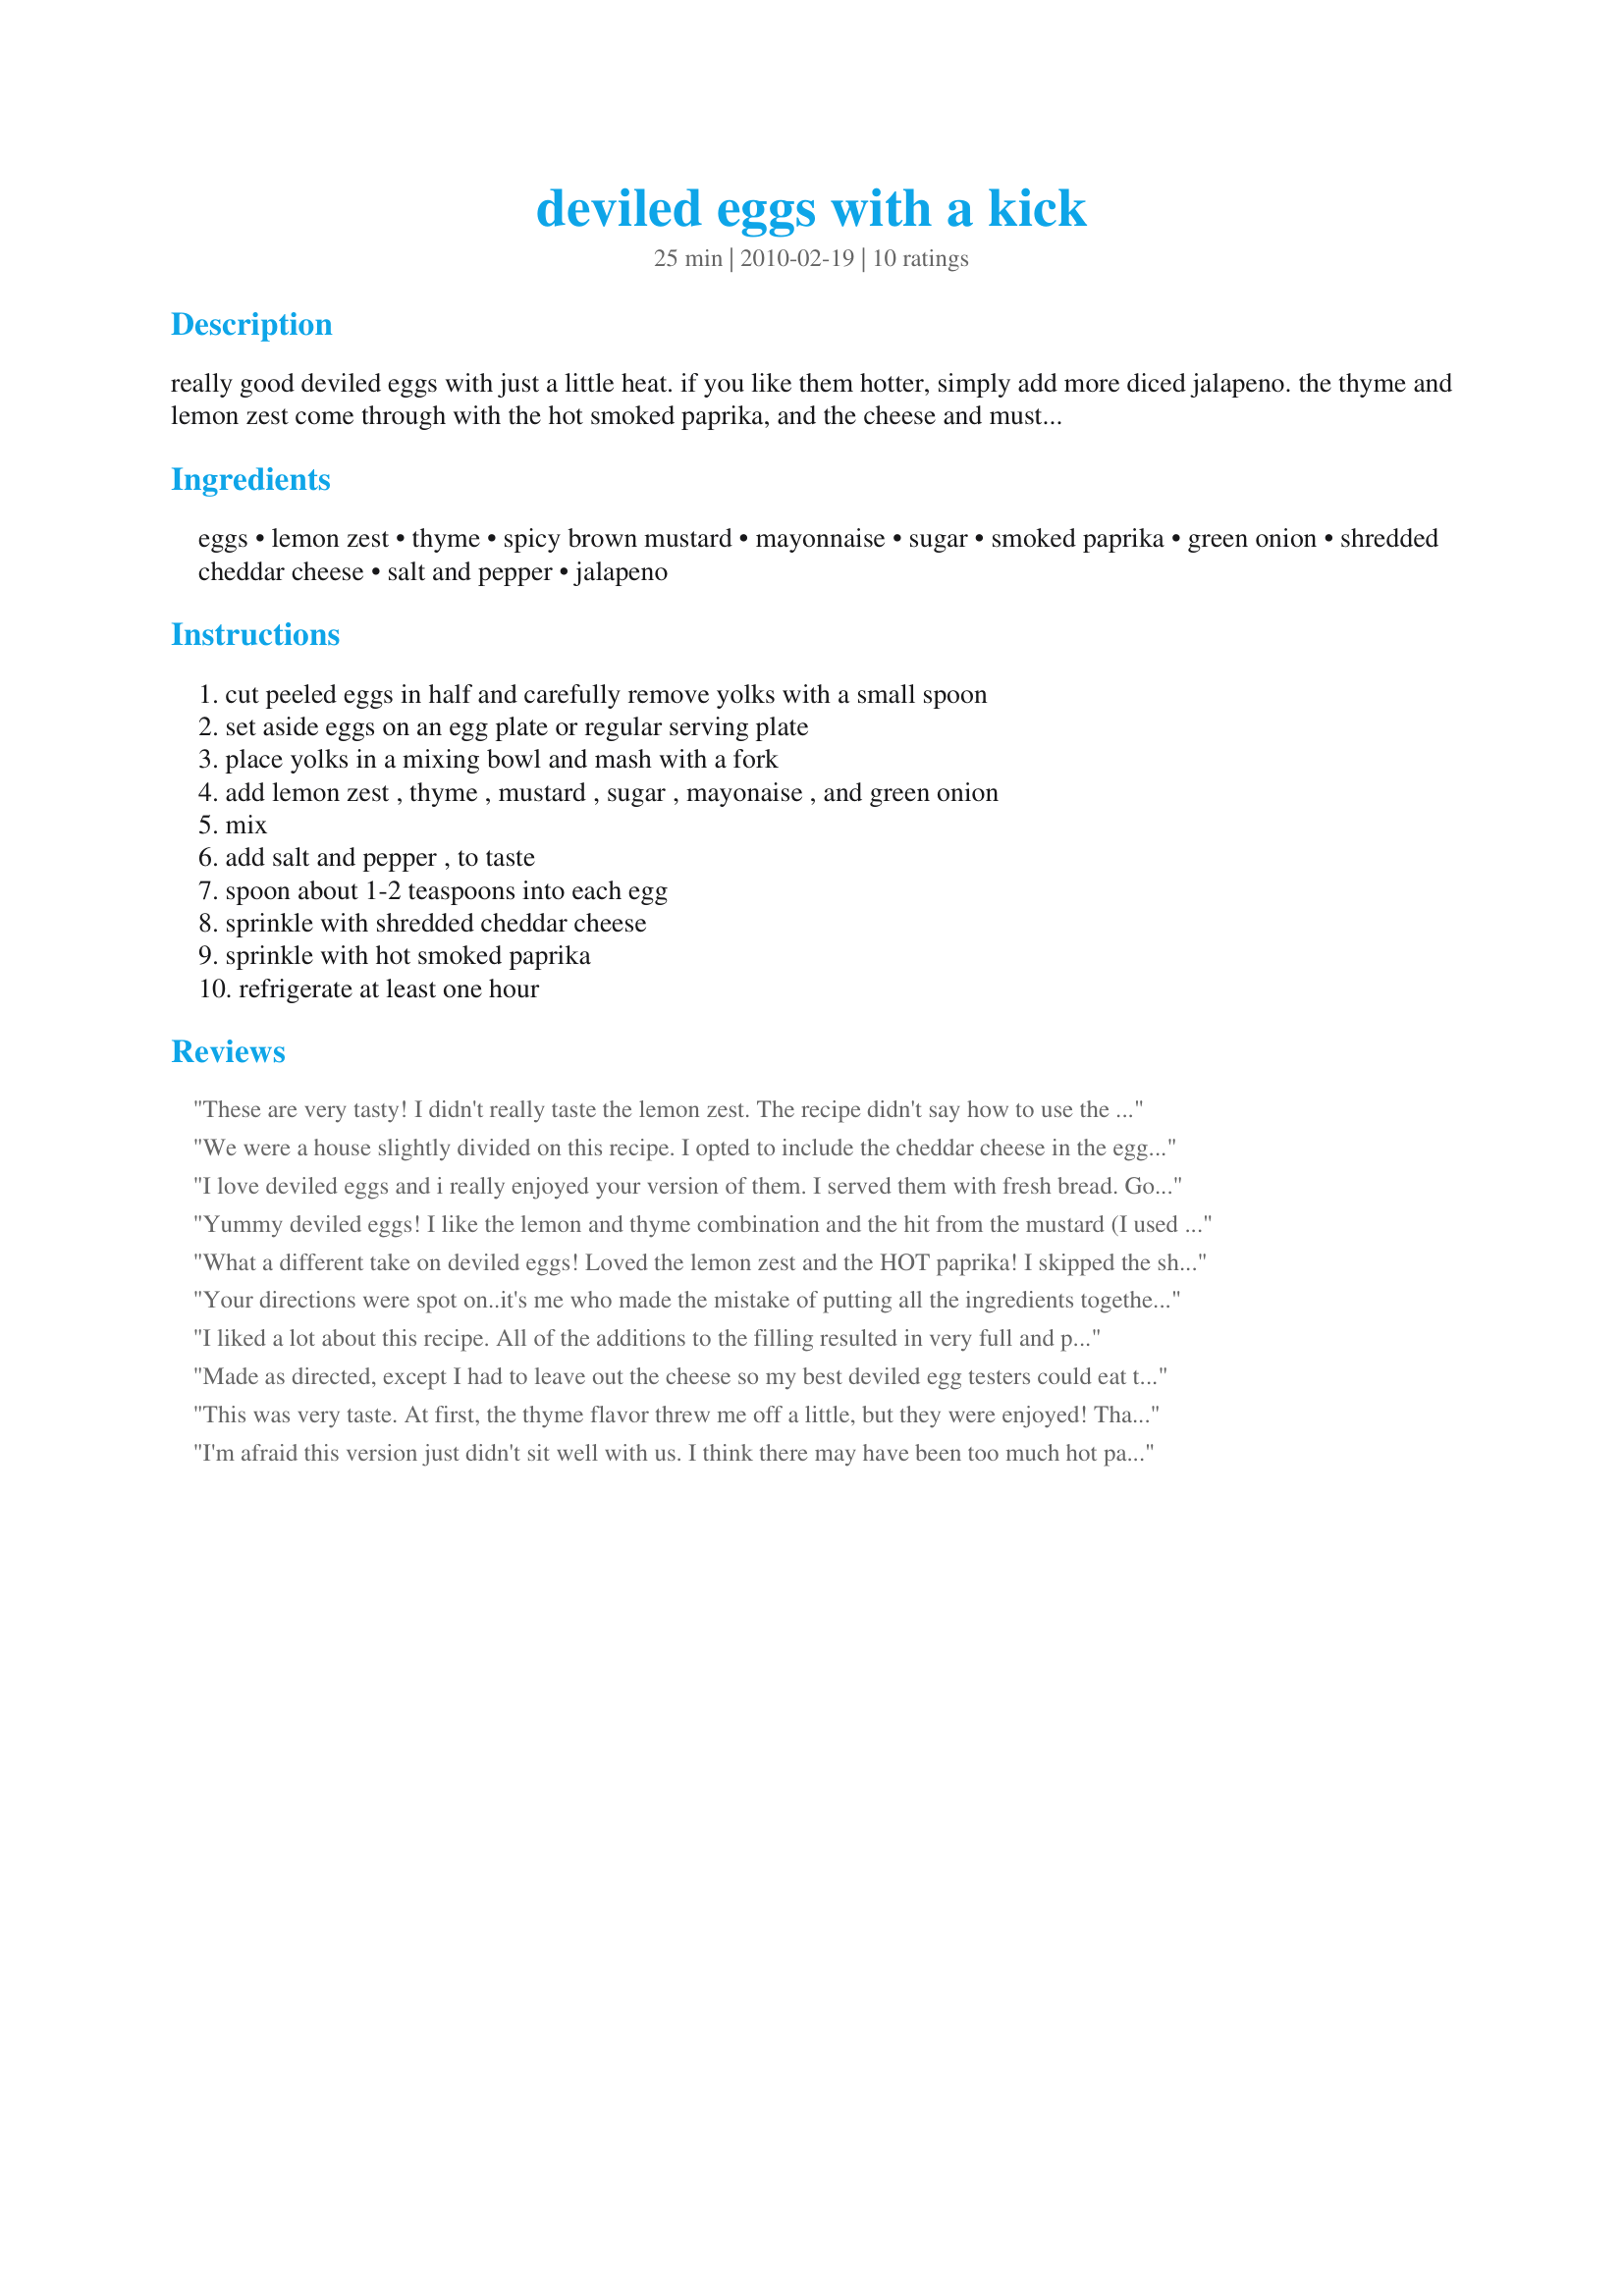
deviled eggs with a kick
Preparation time: 25 minutes

really good deviled eggs with just a little heat. if you like them hotter, simply add more diced jalapeno. the thyme and lemon zest come through with the hot smoked paprika, and the cheese and mustard make these eggs something special. (cooking time is for boiling eggs)

Ingredients:
eggs, lemon zest, thyme, spicy brown mustard, mayonnaise, sugar, smoked paprika, green onion, shredded cheddar cheese, salt and pepper, jalapeno

Steps:
cut peeled eggs in half and carefully remove yolks with a small spoon, set aside eggs on an egg plate or regular serving plate, place yolks in a mixing bowl and mash with a fork, add lemon zest , thyme , mustard , sugar , mayonaise , and green onion, mix, add salt and pepper , to taste, spoon about 1-2 teaspoons into each egg, sprinkle with shredded cheddar cheese, sprinkle with hot smoked paprika, refrigerate at least one hour

Reviews:
These are very tasty! I didn't really taste the lemon zest. The recipe didn't say how to use the jalapeno so since it was optional, I left it out. I used a very spicy homemade whole grain mustard and extra large eggs. I really liked the cheddar with the rest of the flavors. Thanks for posting your creation and good luck!
We were a house slightly divided on this recipe. I opted to include the cheddar cheese in the egg yolk mixture (as I usually do) & did not use the opt jalapeno. It was otherwise made as written & I esp liked the lemon zest influence on the flavor. While DH was less enthused, it was mainly due to the fact he esp likes crumbled bacon in devilled eggs. Pers preferences can be annoying factors, I know, but we are a little less-inclined to allow for them in a contest than in our daily cooking. Made for RSC #15 ~ Thx for sharing your recipe w/us & good luck in the contest.
I love deviled eggs and i really enjoyed your version of them. I served them with fresh bread.
Good luck for the contest!
Yummy deviled eggs! I like the lemon and thyme combination and the hit from the mustard (I used a little less than called for). The cheddar and smoky paprika were a nice touch too; I didn&#039;t used the optional jalapeno. Thanks for sharing the recipe!
What a different take on deviled eggs! Loved the lemon zest and the HOT paprika! I skipped the shredded cheese and didn&#039;t miss it. Thanks, Taz!
Your directions were spot on..it's me who made the mistake of putting all the ingredients together w/o realizing at the end, the cheese and paprika were for sprinkling only. Hence...the brownish color to my mix. A nice zippy taste even though my paprika wasn't of the HOT variety. Also, a first for me using tyme in deviled eggs. A nice savory blend. I did omit the green onions per families preference. Good Luck Chef on this great entry.
I liked a lot about this recipe. All of the additions to the filling resulted in very full and pretty deviled eggs. (i mistakenly included the cheese.) I seeded the jalapeno & then used an additional thin slice on each egg for a garnish. There really wasnâ€™t much heat in my pepper & next time I might use jarred peppers to be certain of adding the â€œkickâ€�. Nice recipe & a welcome addition to a deviled egg tray. Thank you for your contribution to RSC & good luck!
Made as directed, except I had to leave out the cheese so my best deviled egg testers could eat them. :) They all liked these fairly well and wouldn't have changed a thing. Instead of dicing the jalapeno (I only had slices in a jar) I used about 1 teaspoon of jalapeno juice instead, which allowed me to better pipe the mixture through a star tip. We felt that the mustard flavor was a little too heavy, so I would cut back that by about half next time. Thanks for submitting your creation, Chef! Good luck!
This was very taste. At first, the thyme flavor threw me off a little, but they were enjoyed! Thanks and good luck!
I'm afraid this version just didn't sit well with us. I think there may have been too much hot paprika and spicy mustard for the amount of egg yolks. Made for RSC #15. Thanks for sharing your recipe, and good luck in the contest.
